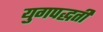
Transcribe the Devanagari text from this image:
युगपद्धती